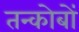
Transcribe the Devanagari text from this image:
तन्कोबों